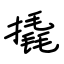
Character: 撬